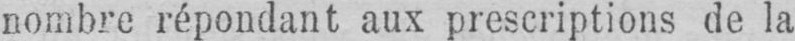
nombre répondant aux prescriptions de la